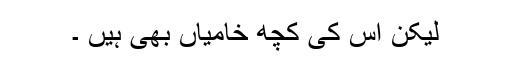
لیکن اس کی کچھ خامیاں بھی ہیں ۔